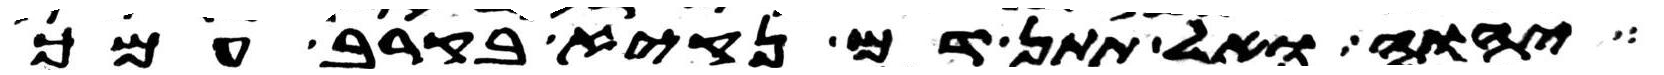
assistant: יהוה ואל תתן דם נקיא בקרב עמך